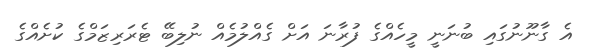
އެ ގާނޫނުގައި ބުނަނީ މީހެއްގެ ފުރާނަ އަށް ގެއްލުމެއް ނުލިބޭ ޓެރަރިޒަމްގެ ކުށެއްގެ